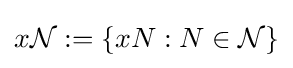
x{\mathcal {N}}:=\{xN:N\in {\mathcal {N}}\}